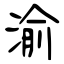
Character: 渝